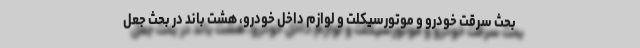
بحث سرقت خودرو و موتورسیکلت و لوازم داخل خودرو، هشت باند در بحث جعل